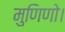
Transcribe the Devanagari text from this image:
मुणिणो।